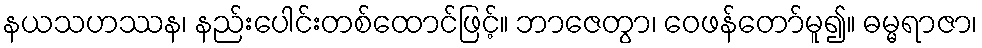
နယသဟဿန၊ နည်းပေါင်းတစ်ထောင်ဖြင့်။ ဘာဇေတွာ၊ ဝေဖန်တော်မူ၍။ ဓမ္မရာဇာ၊